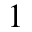
1